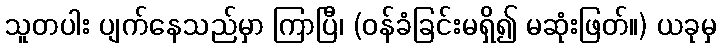
သူတပါး ပျက်နေသည်မှာ ကြာပြီ၊ (ဝန်ခံခြင်းမရှိ၍ မဆုံးဖြတ်။) ယခုမှ